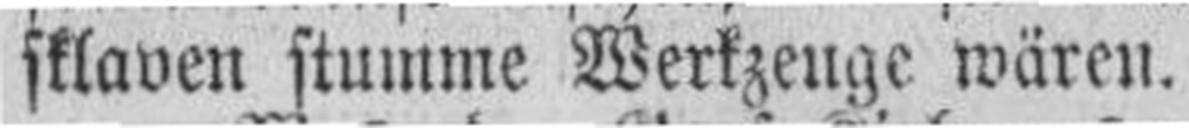
sklaven stumme Werkzeuge wären.